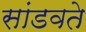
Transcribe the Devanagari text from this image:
सांडवते